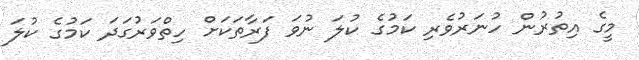
މީގެ އިތުރުން ހުނަރުވެރި ކަމުގެ ކުލަ ނުވަ ފަރާތަކަށް ހިތްވަރުގަދަ ކަމުގެ ކުލަ